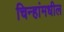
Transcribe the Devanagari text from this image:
चिन्हांमधील